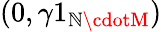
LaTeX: (0,\gamma1_{\mathbb{N}\cdotM})